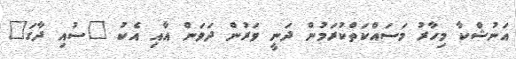
އަނުޝްކާ މިހާރު މަސައްކަތްކުރަމުން ދަނީ ވަރުން ދަވަން އާއި އެކު "ސުއި ދާގަ"